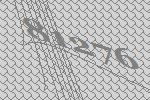
81276